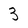
Character: 3